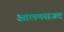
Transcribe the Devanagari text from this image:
आलमसजद